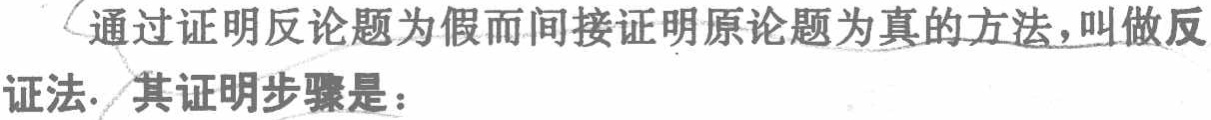
通过证明反论题为假而间接证明原论题为真的方法，叫做反证法. 其证明步骤是：